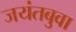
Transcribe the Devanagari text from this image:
जयंतबुवा